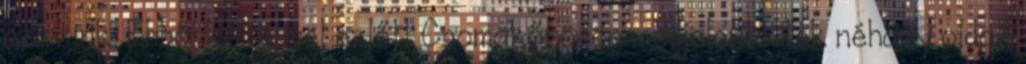
szavunk. Ebből két évvel ezlőtt Csomakőrösön megjelentettek néhány oldalt